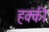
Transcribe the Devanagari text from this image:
हक्की